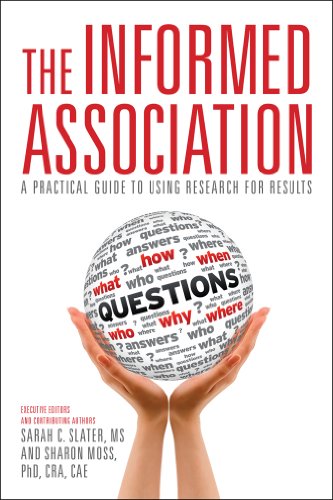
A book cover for The Informed Association: A Practical Guide to Using Research for Results; Sarah C. Slater (Editor); Business & Money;